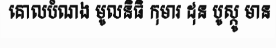
គោលបំណង មូលនិធិ កុមារ ដុន បូស្កូ មាន